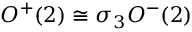
O ^ { + } ( 2 ) \cong \sigma _ { 3 } O ^ { - } ( 2 )